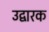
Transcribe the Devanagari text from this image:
उद्वारक